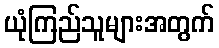
ယုံကြည်သူများအတွက်